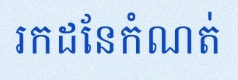
រកដែនកំណត់